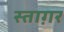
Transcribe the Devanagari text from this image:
स्ताग़र